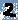
Text: 2